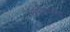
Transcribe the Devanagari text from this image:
कपिलस्य